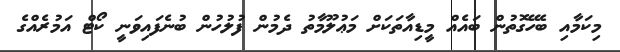
މިކަމާއި ބެހޭގޮތުން ބައެއް މީޑިއާތަކަށް މަޢުލޫމާތު ދެމުން ފުލުހުން ބުނެފައިވަނީ ކޯޓް އަމުރެއްގެ